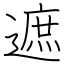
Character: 遮